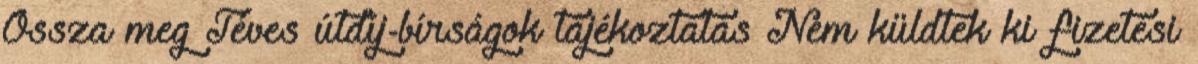
Ossza meg Téves útdíj-bírságok tájékoztatás Nem küldtek ki fizetési